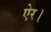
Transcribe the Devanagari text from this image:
ऐर।